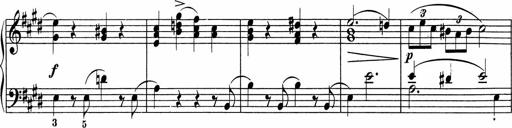
Title: 5 Sonatinen fÃ¼r die Jugend
Composer: Carl Reinecke